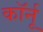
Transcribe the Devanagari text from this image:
कॉर्नू